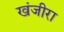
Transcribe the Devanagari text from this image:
खंजीरा